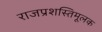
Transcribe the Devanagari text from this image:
राजप्रशस्तिमूलक